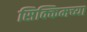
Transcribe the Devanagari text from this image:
सिक्किमच्या